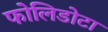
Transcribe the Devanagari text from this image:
फोलिडोटा